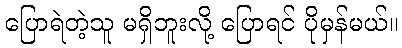
ပြောရဲတဲ့သူ မရှိဘူးလို့ ပြောရင် ပိုမှန်မယ်။